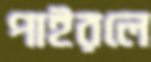
পাইরলে